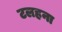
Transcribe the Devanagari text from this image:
टलहना